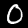
Digit: 0